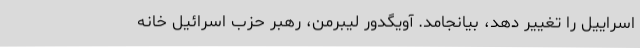
اسراییل را تغییر دهد، بیانجامد. آویگدور لیبرمن، رهبر حزب اسرائیل خانه